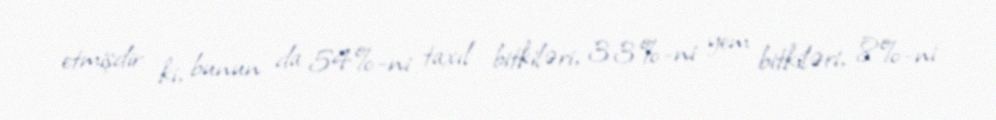
etmişdir ki, bunun da 54%-ni taxıl bitkiləri, 33%-ni yem bitkiləri, 8%-ni